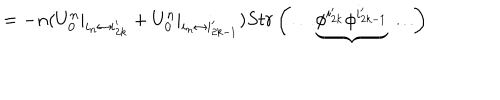
= - n ( U _ { 0 } ^ { n } | _ { i _ { n } \leftrightarrow i _ { 2 k } ^ { \prime } } + U _ { 0 } ^ { n } | _ { i _ { n } \leftrightarrow i _ { 2 k - 1 } ^ { \prime } } ) S t r \left( \ldots \underbrace { \phi ^ { i _ { 2 k } ^ { \prime } } \phi ^ { i _ { 2 k - 1 } ^ { \prime } } } \ldots \right)